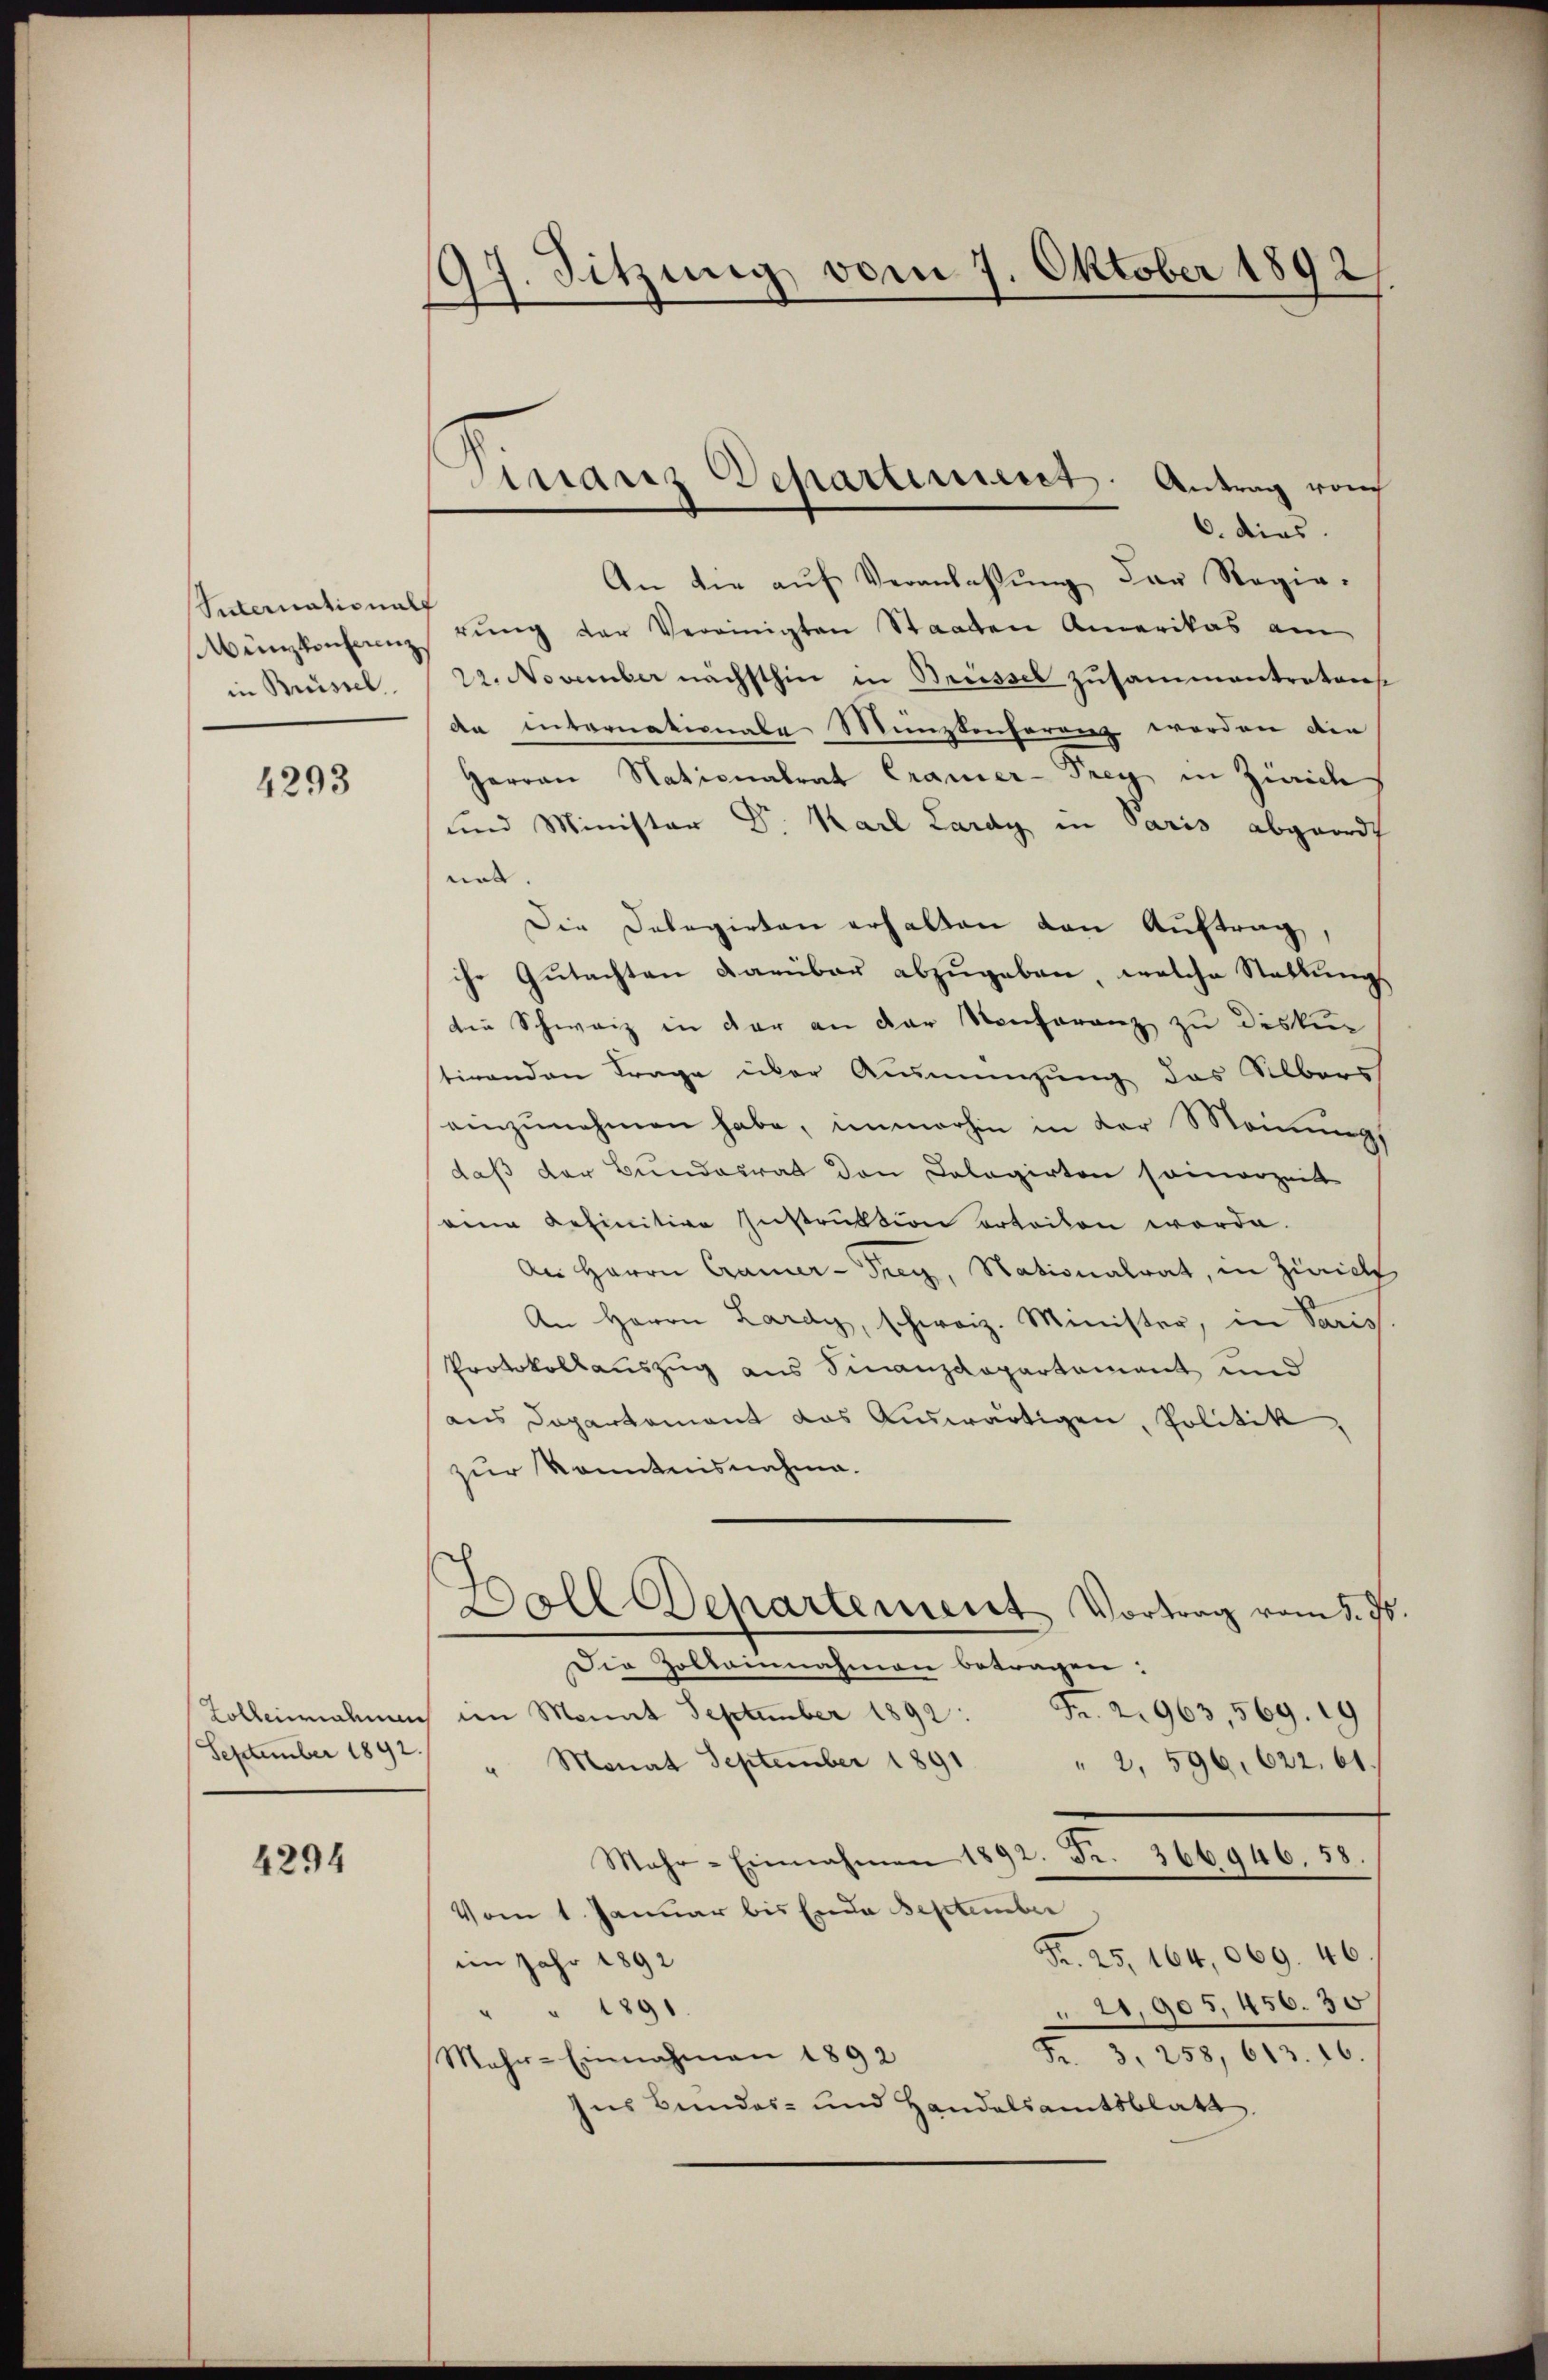
International
Münzkonferenz.
in Brüssel

4293

Collemahnun
September 1892.

4294

97. Sitzung vom 7. Oktober 1892

6. dies
An die aŭf Veranlassŭng der Regie-
rung der Vereinigten Staaten Amerikas am
22. November nächsthin in Brüssel zusammentretens
An internationale Münzkonferenz werden die
Harran Nationalrat Cramer-Prey in Zürich
und Minister Dr. Karl Lardy in Paris abgeordt
nat
Die Delegirten erhalten den Auftrag,
ihr Gŭtachten darüber abzŭgeben, welche Stattungs
die Schweiz in der an der Konferenz zu diskur
stirenden Frage über Ausmenzung das Albers
einzunehmen habe, immerhin in der Meinung
daß der Bundesrat den Cologirten seinerzeit
aine definitive Instruktion erteilen werde.
An Herrn Cramer - Frey, Nationalrat, in Zürich
An Herrn Lardy, schweiz. Minister, in Saris
Protokollauszug aus Finanzdepartement und
aus Departement das Auswärtigen, Politik
zur Kenntnisnahme.
ch
Doll Departement Vortrag vom 5. ds.
Die Zoltainnahmen betragen:
Fr. 21963, 569. 19
im Monat September 1892:
" Monat September 1891
" 2, 596. 622. 61.
Mahr-Einnahmen 1892. Fr. 366946. 58.
Vom 1. Januar bis Ende September
Fr. 25, 164,069. 46.
im Jahr 1892
21,905,456. 30
" " 1891
Fr. 3. 258, 613. 16.
Mehr-Einnahmen 1892
ns Bundes- und Handelsamtsblatt

inaris Departinius. Antrag vom